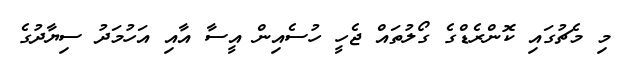
މި މެޗުގައި ކޮންރެޑްގެ ގޯލުތައް ޖެހީ ހުސެއިން އީސާ އާއި އަހުމަދު ސިޔާދުގެ